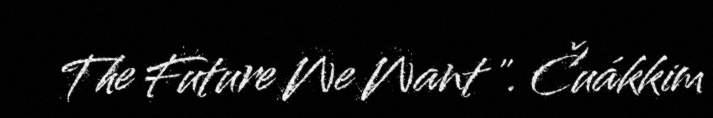
The Future We Want ". Čuákkim